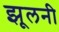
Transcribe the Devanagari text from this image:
झूलनी